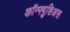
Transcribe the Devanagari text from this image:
कॉन्फ्युशिअस